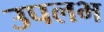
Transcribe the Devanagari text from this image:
उपलभ